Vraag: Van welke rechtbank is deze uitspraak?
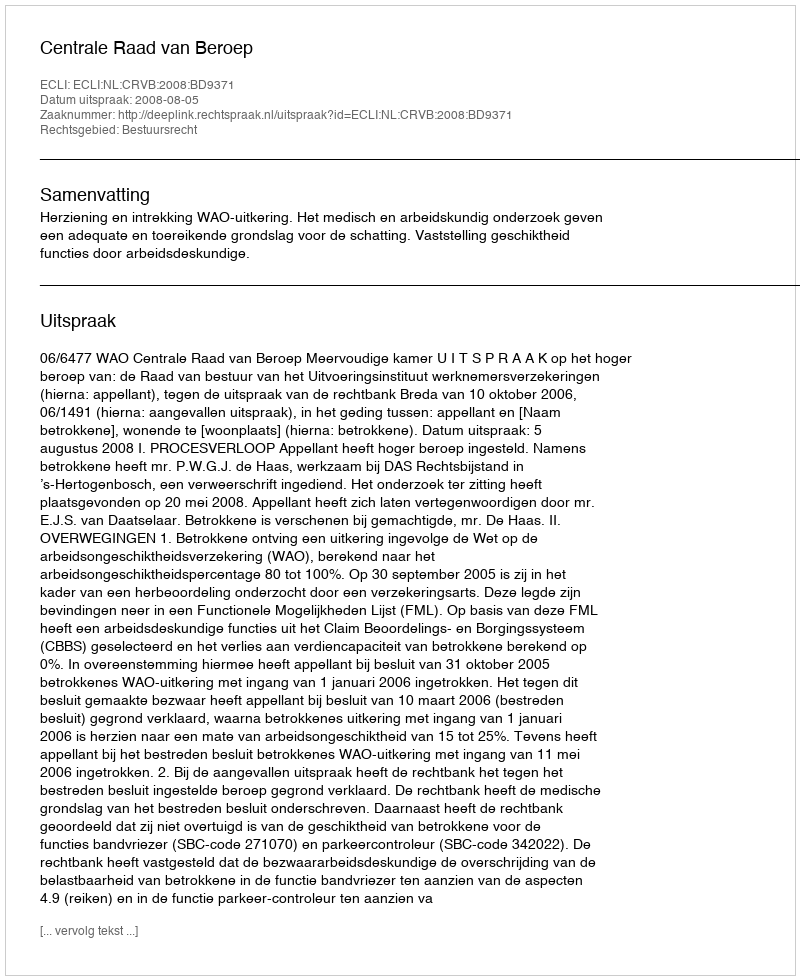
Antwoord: Centrale Raad van Beroep